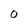
Character: O